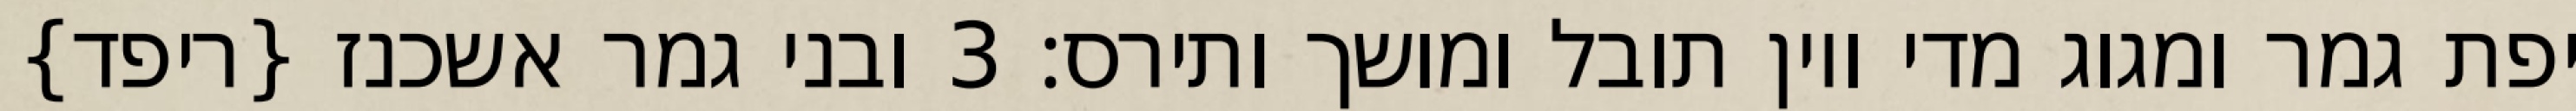
יפת גמר ומגוג מדי ויון תובל ומושך ותירס׃ ‎3‏ ובני גמר אשכנז {ריפד}